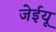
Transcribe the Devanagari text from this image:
जेईयू